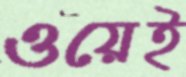
ওয়েই